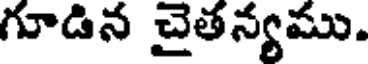
గూడిన చైతన్యము.